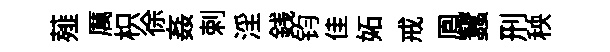
薤厲枳徐姦剌淫銭钧佳妬戒鳯蠶刑秧